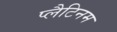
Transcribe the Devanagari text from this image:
प्‍लैटिनम